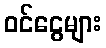
ဝင်ငွေများ